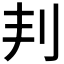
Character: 𠛉